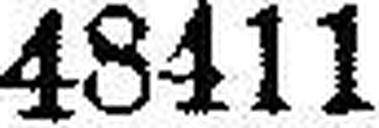
48411